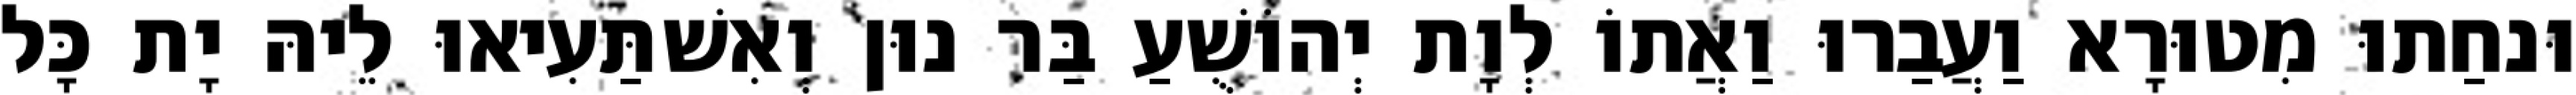
וּנחַתוּ מִטוּרָא וַעֲבַרוּ וַאֲתוֹ לְוָת יְהוֹשֻׁעַ בַּר נוּן וְאִשׁתַּעִיאוּ לֵיהּ יָת כָּל